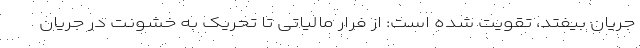
جریان بیفتد، تقویت شده است: از فرار مالیاتی تا تحریک به خشونت در جریان